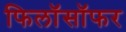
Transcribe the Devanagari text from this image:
फिलॉसॉफर